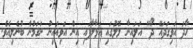
ހާދަ އަވިގަދައޭ ދޯ" އަލައިނާ ލޮލުގައި އަޅާލާފައި އިން އަވިއައިނު ނަގަމުން ބުނެލިއެވެ.